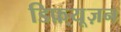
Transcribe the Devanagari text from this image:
डिफ़्यूज़न